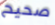
صحيح